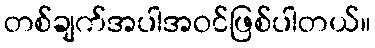
တစ်ချက်အပါအဝင်ဖြစ်ပါတယ်။